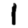
Digit: 1